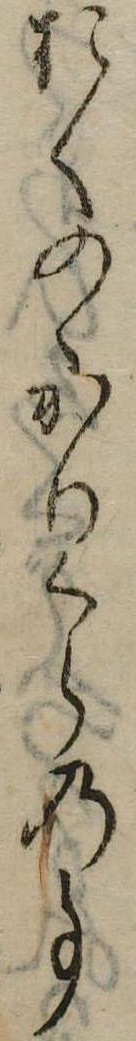
おくのゝかりくらの事